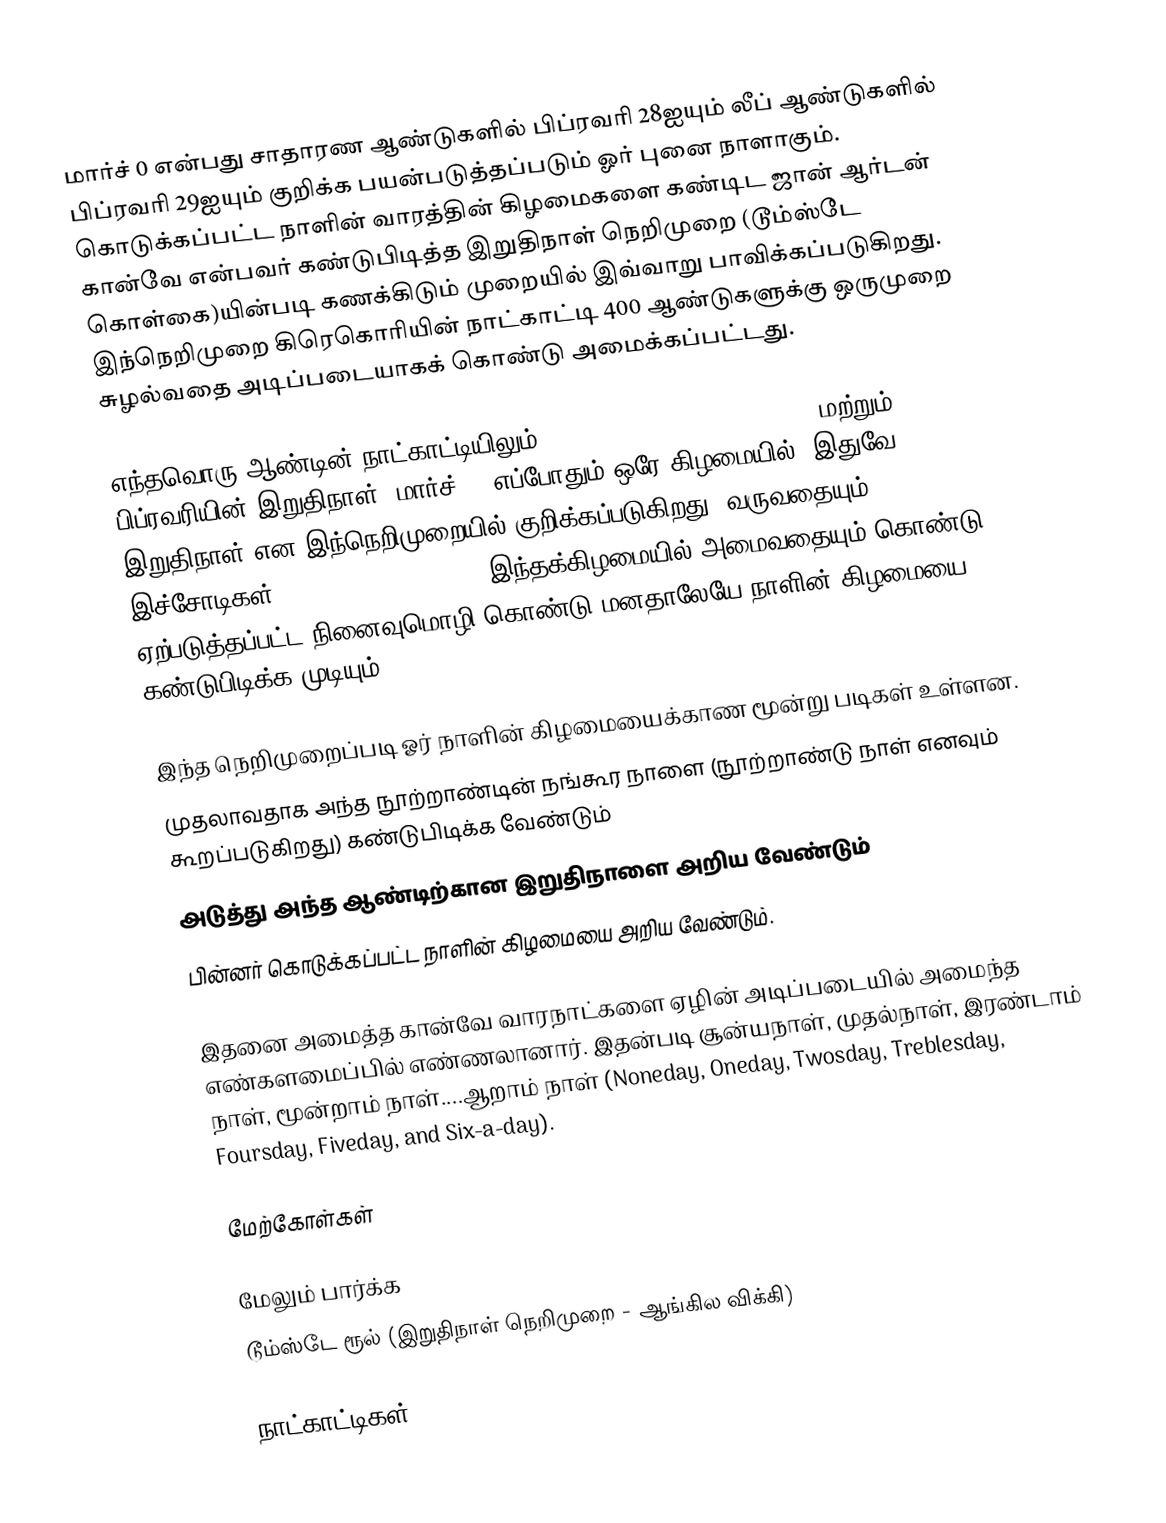
மார்ச் 0 என்பது சாதாரண ஆண்டுகளில் பிப்ரவரி 28ஐயும் லீப் ஆண்டுகளில் பிப்ரவரி 29ஐயும்  குறிக்க பயன்படுத்தப்படும் ஓர் புனை நாளாகும். கொடுக்கப்பட்ட நாளின் வாரத்தின் கிழமைகளை கண்டிட ஜான் ஆர்டன் கான்வே என்பவர் கண்டுபிடித்த இறுதிநாள் நெறிமுறை (டூம்ஸ்டே கொள்கை)யின்படி கணக்கிடும் முறையில் இவ்வாறு பாவிக்கப்படுகிறது. இந்நெறிமுறை கிரெகொரியின் நாட்காட்டி 400 ஆண்டுகளுக்கு ஒருமுறை சுழல்வதை அடிப்படையாகக் கொண்டு அமைக்கப்பட்டது.

எந்தவொரு ஆண்டின் நாட்காட்டியிலும் 4/4, 6/6, 8/8, 10/10, 12/12, மற்றும் பிப்ரவரியின் இறுதிநாள் (மார்ச் 0) எப்போதும் ஒரே கிழமையில் (இதுவே இறுதிநாள் என இந்நெறிமுறையில் குறிக்கப்படுகிறது) வருவதையும் இச்சோடிகள் 5/9 & 9/5 7/11 & 11/7  இந்தக்கிழமையில் அமைவதையும் கொண்டு ஏற்படுத்தப்பட்ட நினைவுமொழி கொண்டு மனதாலேயே நாளின் கிழமையை கண்டுபிடிக்க  முடியும்.

இந்த நெறிமுறைப்படி ஓர் நாளின் கிழமையைக்காண மூன்று படிகள் உள்ளன.
முதலாவதாக அந்த நூற்றாண்டின் நங்கூர நாளை (நூற்றாண்டு நாள் எனவும் கூறப்படுகிறது) கண்டுபிடிக்க வேண்டும்
அடுத்து அந்த ஆண்டிற்கான இறுதிநாளை அறிய வேண்டும்
பின்னர் கொடுக்கப்பட்ட நாளின் கிழமையை அறிய வேண்டும்.

இதனை அமைத்த கான்வே வாரநாட்களை ஏழின் அடிப்படையில் அமைந்த எண்களமைப்பில் எண்ணலானார். இதன்படி சூன்யநாள், முதல்நாள், இரண்டாம் நாள், மூன்றாம் நாள்....ஆறாம் நாள் (Noneday, Oneday, Twosday, Treblesday, Foursday, Fiveday, and Six-a-day).

மேற்கோள்கள்

மேலும் பார்க்க
டூம்ஸ்டே ரூல் (இறுதிநாள் நெறிமுறை - ஆங்கில விக்கி)

நாட்காட்டிகள்